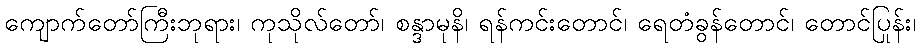
ကျောက်တော်ကြီးဘုရား၊ ကုသိုလ်တော်၊ စန္ဒာမုနိ၊ ရန်ကင်းတောင်၊ ရေတံခွန်တောင်၊ တောင်ပြုန်း၊